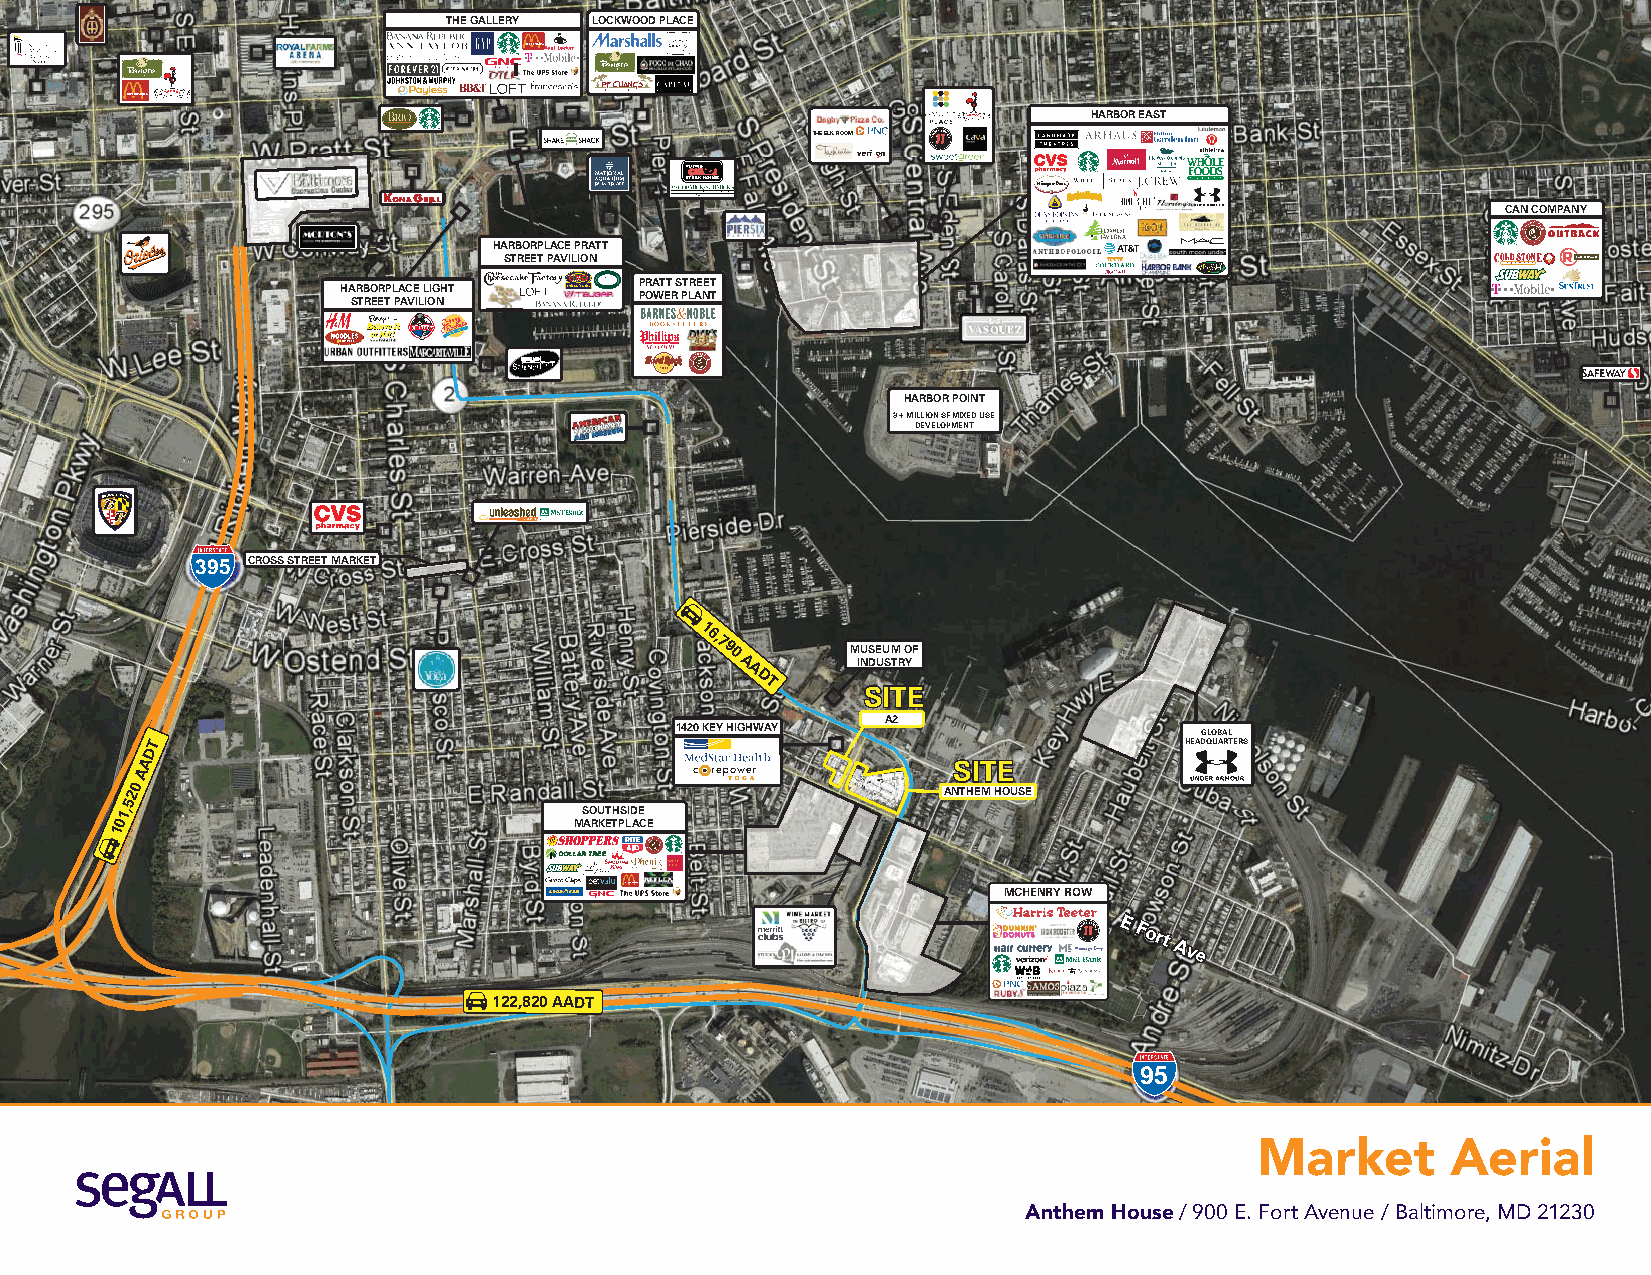
THE GALLERY LOCKWOOD PLACE
 HARBOR EAST
 THE ELK ROOM
 CAN COMPANY
 HARBORPLACE PRATT
 STREET PAVILION
 HARBORPLACE LIGHT  PRATT STREET
 STREET PAVILION    POWER PLANT
 HARBOR POINT
 3+ MILLION SF MIXED USE
 DEVELOPMENT
 by
 395 CROSS STREET MARKET
 16,790
 A
 M INU DS UEU SM
 TR
 O YF
 A
 DT
 SSIITTEE
 A2
 1420 KEY HIGHWAY
 GLOBAL
 T                                                                   HEADQUARTERS
 D
 A                                                     SSIITTEE
 A
 0
 2                                                     ANTHEM HOUSE
 5
 1,                             SOUTHSIDE
 10                             MARKETPLACE
 MCHENRY ROW
 EE
 FFoorrtt
 AAvvee
 122,820 AADT
 95
 Market       Aerial
 Anthem House / 900 E. Fort Avenue / Baltimore, MD 21230